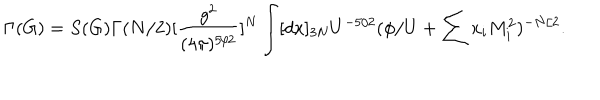
\Gamma ( G ) = S ( G ) \Gamma ( N / 2 ) [ \frac { g ^ { 2 } } { ( 4 \pi ) ^ { 5 / 2 } } ] ^ { N } \int [ d x ] _ { 3 N } U ^ { - 5 / 2 } ( \phi / U + \sum x _ { i } M _ { i } ^ { 2 } ) ^ { - N / 2 } .